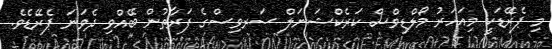
މި ޕެރޭޑަކީ މިއަހަރު މޯލްޑިވްސް ކަރެކްޝަނަލް ސަރވިސްގެ ފަރާތުން ބޭއްވި ދެވަނަ ޕެރޭޑެވެ.